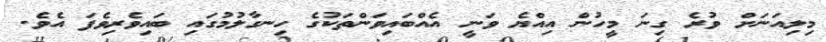
މިލިއަނަށް ވުރެ ގިނަ މީހުން އިއްޔެ ވަނީ އެއްބައިވަންތަކުގެ ހިނގާލުމުގައި ބައިވެރިވެފަ އެވެ.